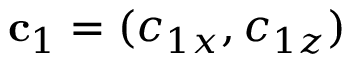
{ \bf c } _ { 1 } = ( c _ { 1 x } , c _ { 1 z } )